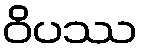
ဝိပဿ